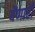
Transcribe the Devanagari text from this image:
येंणारी